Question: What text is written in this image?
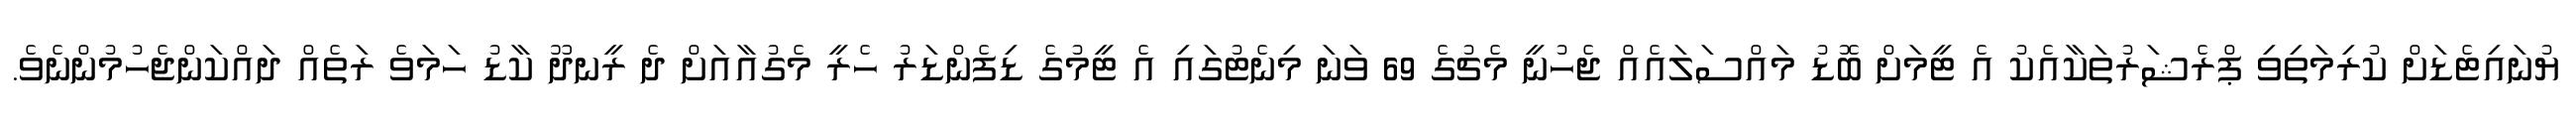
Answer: ޔުނައިޓެޑަށް ކުރިމަތިވި ޕްރެޝަރުތަކާއެކު އެ ޓީމަށް ބޮޑު މައްސަލައެއް ޖެހުނީ މެޗުގެ 69 ވަނަ މިނެޓުގައި އެ ޓީމުގެ ޑިފެންޑަރު ހެރީ މެގުއާއަށް ދެ ރީނދޫ ކާޑު ހަމަވެ ރަތެއް ދައްކަންޖެހުމުންނެވެ.